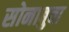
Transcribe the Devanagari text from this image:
सोनाबुवा